Civil Veterinary Dept. North-West Frontier Province 1901-22 - 1901-1922
Year: 1901
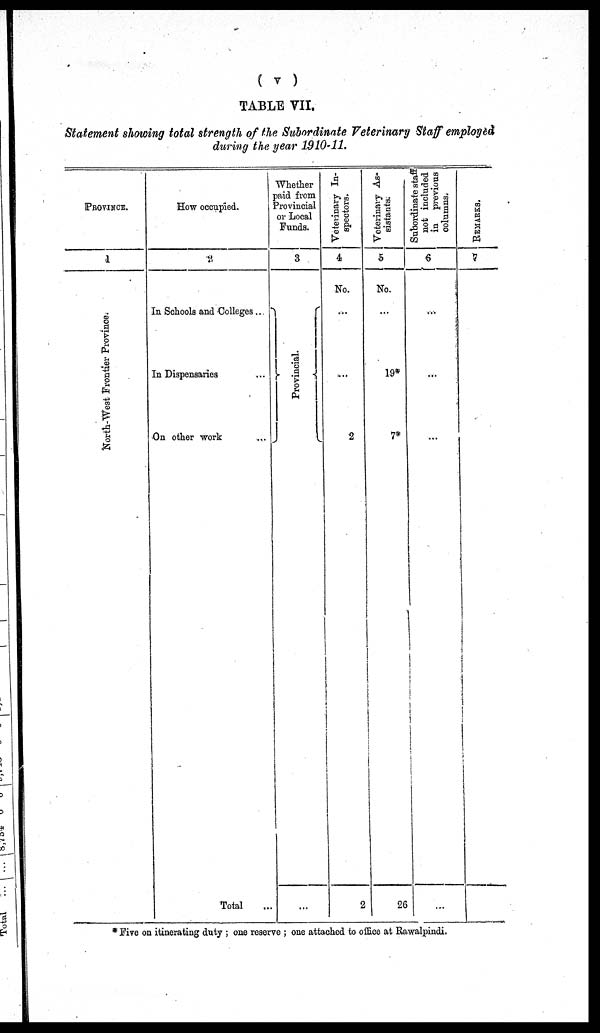
(v)
TABLE VII.
Statement showing total strength of the Subordinate Veterinary Staff employed
during the year 1910-11.
PROVINCE.
1
Nor t
h- We s t Fr ont i
e r Pr ovi nc e .
How occupied.
2
In Schools and Colleges..
In Dispensaries ...
On other work ...
Total ...
Whether
paid from
Provincial
or Local
Funds.
3
Provincial.
...
Veterinary In-
spectors.
4
No.
...
...
2
2
Veterinary As-
sistants.
5
No.
...
19
7
26
Subordinate staff
not included
in previous
columns.
6
...
...
...
...
REMARKS.
7
*Five on itinerating duty ; one reserve ; one attached to office at Rawalpindi.